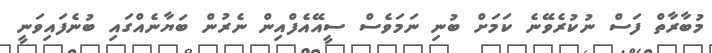
މުބާރާތް ފަސް ނުކުރެވޭނެ ކަމަށް ބުނި ނަމަވެސް ސީއޭއެފްއިން ނެރުން ބަޔާނެއްގައި ބުނެފައިވަނީ